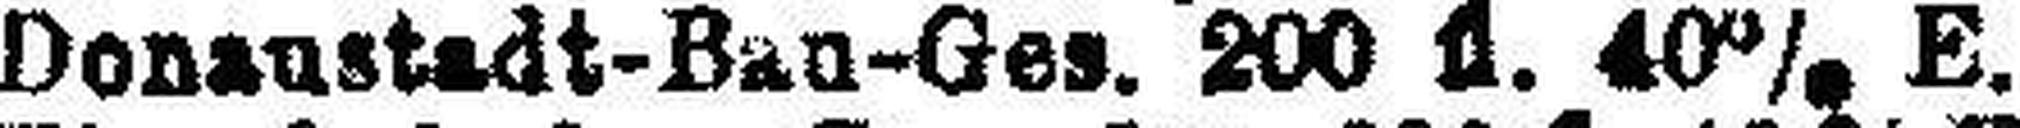
Donaustadt-Ban-Ges. 200 fl. 40% E.